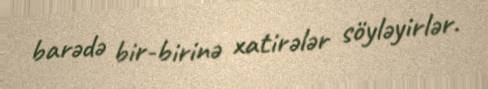
barədə bir-birinə xatirələr söyləyirlər.